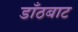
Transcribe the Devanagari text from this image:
डाँठबाट